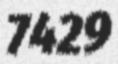
7429